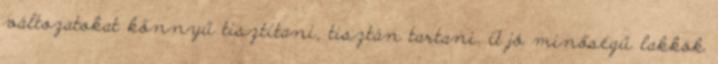
változatokat könnyű tisztítani, tisztán tartani. A jó minőségű lakkok